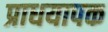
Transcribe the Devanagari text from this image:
प्राधयापक